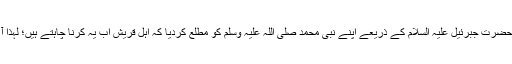
اللہ نے اپنے پیغام رساں فرشتے حضرتِ جبرئیل علیہ السلام کے ذریعے اپنے نبی محمد صلی اللہ علیہ وسلم کو مطلع کردیا کہ اہلِ قریش اب یہ کرنا چاہتے ہیں؛ لہٰذا آج رات تم اپنے بستر پر مت سوؤ۔